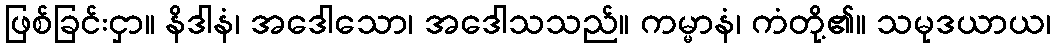
ဖြစ်ခြင်းငှာ။ နိဒါနံ၊ အဒေါသော၊ အဒေါသသည်။ ကမ္မာနံ၊ ကံတို့၏။ သမုဒယာယ၊